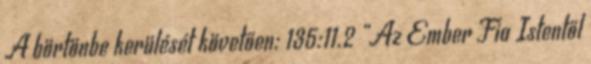
A börtönbe kerülését követően: 135:11.2 „Az Ember Fia Istentől